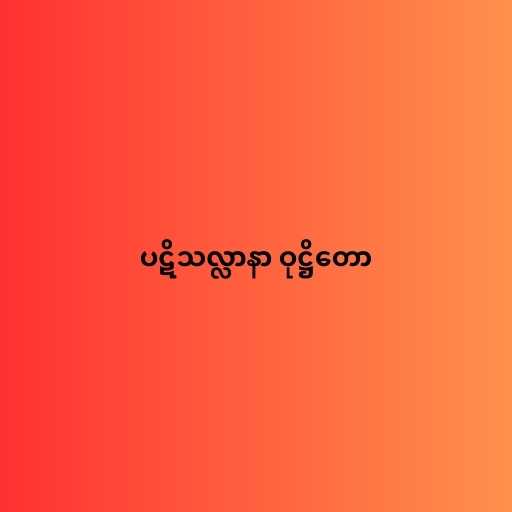
ပဋိသလ္လာနာ ဝုဋ္ဌိတော